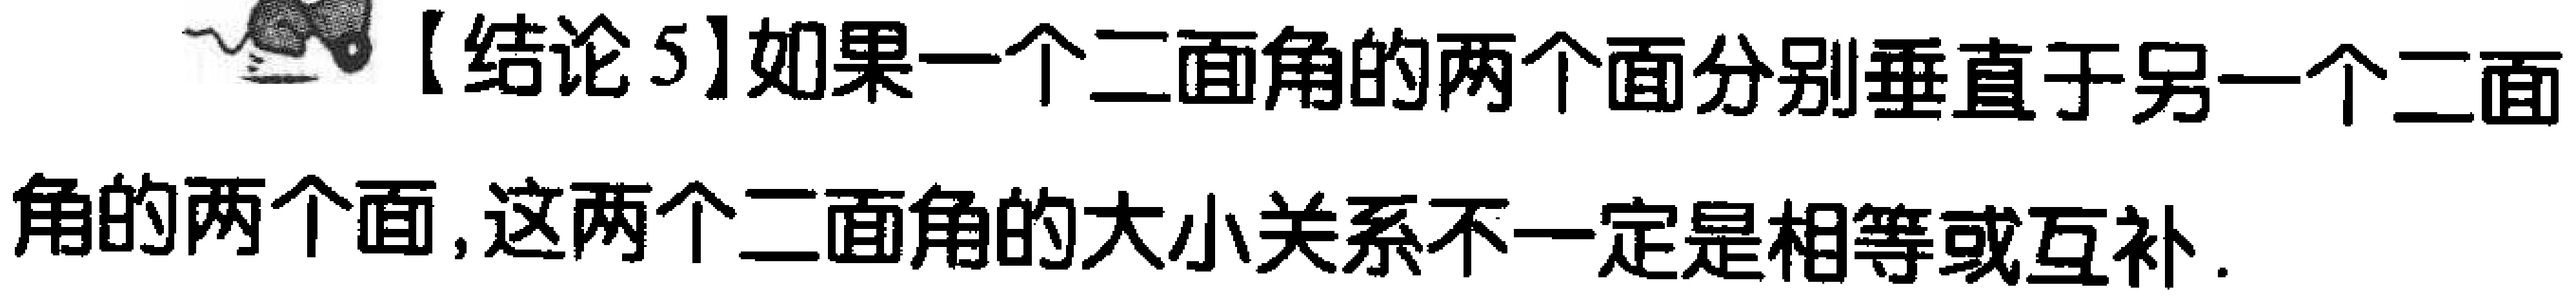
【结论5】如果一个二面角的两个面分别垂直于另一个二面角的两个面,这两个二面角的大小关系不一定是相等或互补.